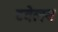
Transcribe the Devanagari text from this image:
टवेलव